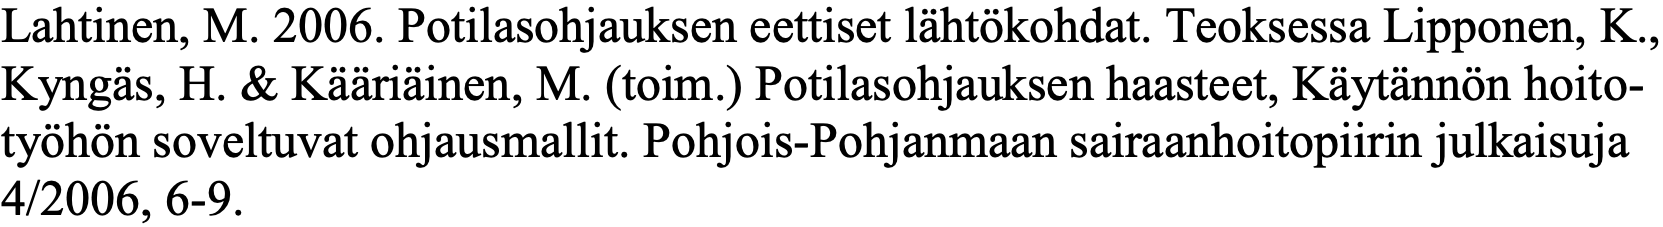
Lahtinen, M. 2006. Potilasohjauksen eettiset lähtökohdat. Teoksessa Lipponen, K., Kyngäs, H. & Kääriäinen, M. (toim.) Potilasohjauksen haasteet, Käytännön hoito- työhön soveltuvat ohjausmallit. Pohjois-Pohjanmaan sairaanhoitopiirin julkaisuja 4/2006, 6-9.